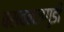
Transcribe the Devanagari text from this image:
बसवनजगुडी